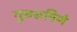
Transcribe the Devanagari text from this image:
गुरुरूपिणे